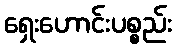
ရှေးဟောင်းပစ္စည်း